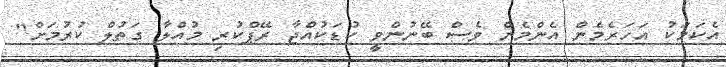
އެކަމަކު އަހަރެމެން އެންމެން ވެސް ބޭނުންވީ ކުޑަކުއްޖާ ރޭޕްކުރި މުއްލާ ގަތުލް ކުރުމަށް"